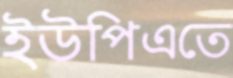
ইউপিএতে